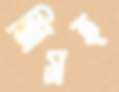
জিসহ